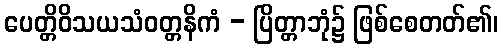
ပေတ္တိဝိသယသံဝတ္တနိကံ - ပြိတ္တာဘုံ၌ ဖြစ်စေတတ်၏၊